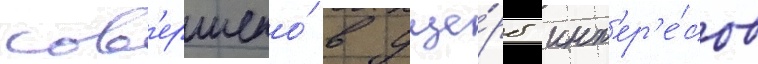
сов'ершено́ в уще́рб инт'ер'е́сов